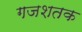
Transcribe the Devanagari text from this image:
गजशतक